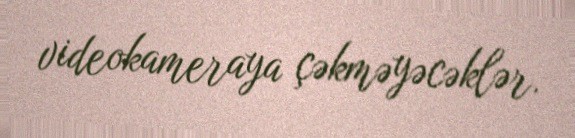
videokameraya çəkməyəcəklər.